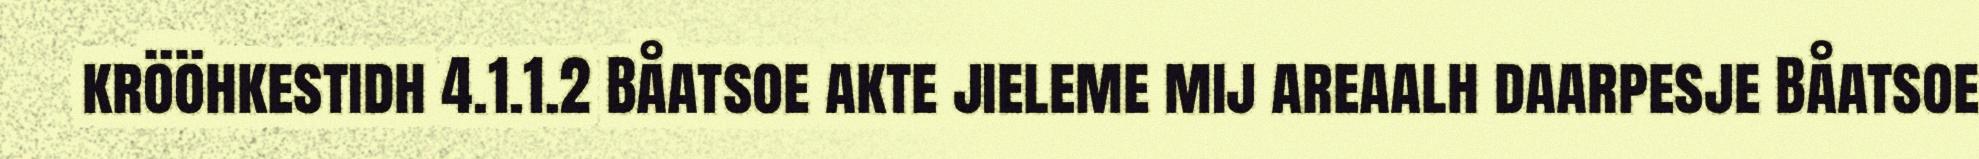
krööhkestidh 4.1.1.2 Båatsoe akte jieleme mij areaalh daarpesje Båatsoe